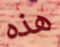
هذه